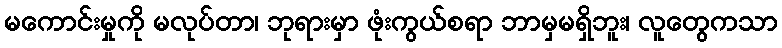
မကောင်းမှုကို မလုပ်တာ၊ ဘုရားမှာ ဖုံးကွယ်စရာ ဘာမှမရှိဘူး၊ လူတွေကသာ